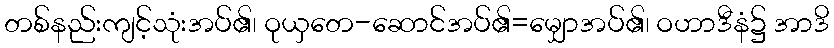
တစ်နည်းကျင့်သုံးအပ်၏၊ ဝုယှတေ-ဆောင်အပ်၏=မျှောအပ်၏၊ ဝဟာဒီနံ၌ အာဒိ